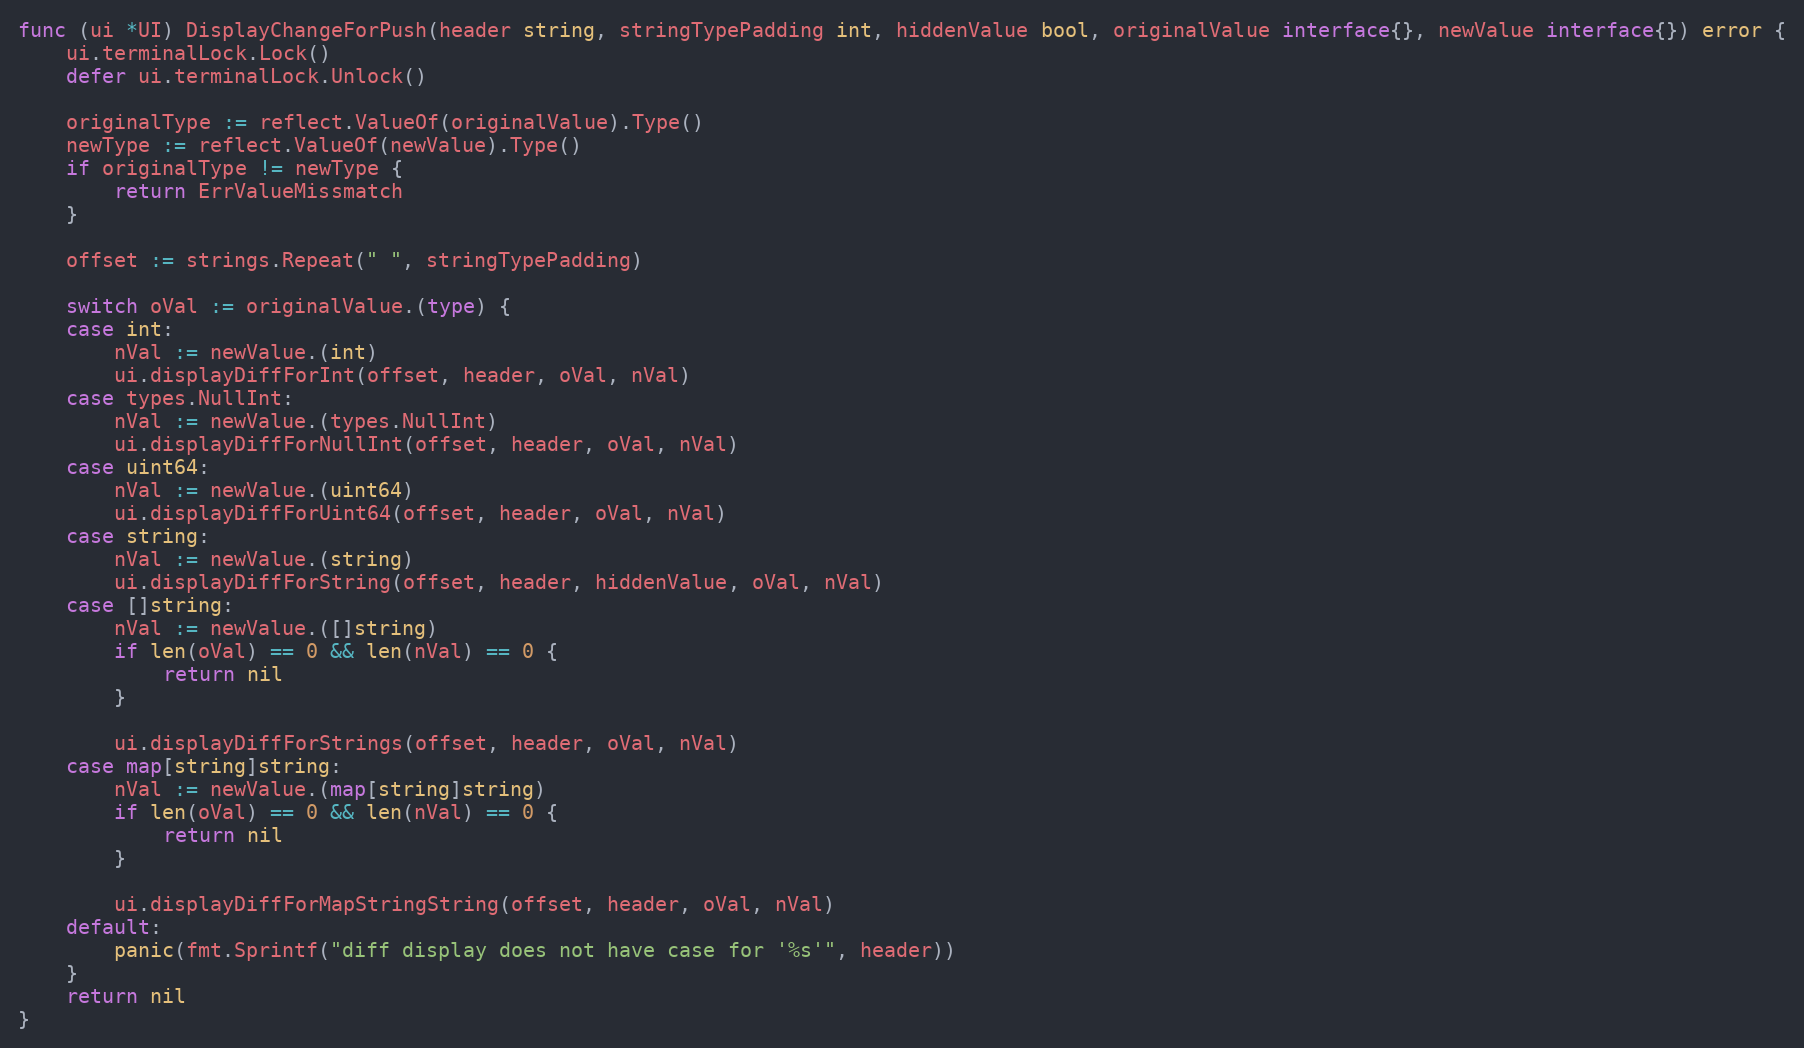
Language: Go
func (ui *UI) DisplayChangeForPush(header string, stringTypePadding int, hiddenValue bool, originalValue interface{}, newValue interface{}) error {
	ui.terminalLock.Lock()
	defer ui.terminalLock.Unlock()

	originalType := reflect.ValueOf(originalValue).Type()
	newType := reflect.ValueOf(newValue).Type()
	if originalType != newType {
		return ErrValueMissmatch
	}

	offset := strings.Repeat(" ", stringTypePadding)

	switch oVal := originalValue.(type) {
	case int:
		nVal := newValue.(int)
		ui.displayDiffForInt(offset, header, oVal, nVal)
	case types.NullInt:
		nVal := newValue.(types.NullInt)
		ui.displayDiffForNullInt(offset, header, oVal, nVal)
	case uint64:
		nVal := newValue.(uint64)
		ui.displayDiffForUint64(offset, header, oVal, nVal)
	case string:
		nVal := newValue.(string)
		ui.displayDiffForString(offset, header, hiddenValue, oVal, nVal)
	case []string:
		nVal := newValue.([]string)
		if len(oVal) == 0 && len(nVal) == 0 {
			return nil
		}

		ui.displayDiffForStrings(offset, header, oVal, nVal)
	case map[string]string:
		nVal := newValue.(map[string]string)
		if len(oVal) == 0 && len(nVal) == 0 {
			return nil
		}

		ui.displayDiffForMapStringString(offset, header, oVal, nVal)
	default:
		panic(fmt.Sprintf("diff display does not have case for '%s'", header))
	}
	return nil
}